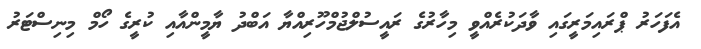
އެފަހަރު ޕްރައިމަރީގައި ވާދަކުރެއްވީ މިހާރުގެ ރައީސުލްޖުމްހޫރިއްޔާ އަބްދު ޔާމީންއާއި ކުރީގެ ހޯމް މިނިސްޓަރު